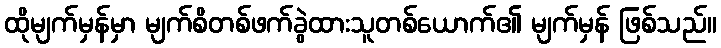
ထိုမျက်မှန်မှာ မျက်စိတစ်ဖက်ခွဲထားသူတစ်ယောက်၏ မျက်မှန် ဖြစ်သည်။